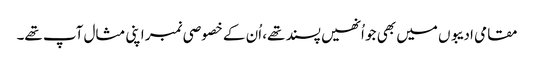
مقامی ادیبوں میں بھی جو اُنھیں پسند تھے، اُن کے خصوصی نمبر اپنی مثال آپ تھے۔